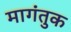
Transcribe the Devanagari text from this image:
मागंतुक